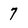
Character: 7